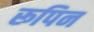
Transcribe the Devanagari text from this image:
रूपिन